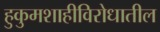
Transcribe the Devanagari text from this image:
हुकुमशाहीविरोधातील